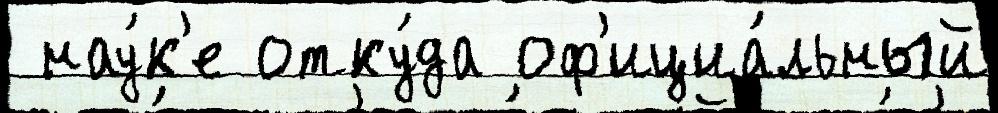
 нау́к'е отку́да оф'ициа́льный